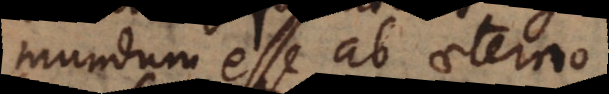
mundum esse ab aeterno,